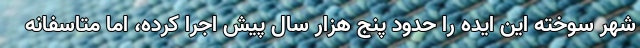
شهر سوخته این ایده را حدود پنج هزار سال پیش اجرا کرده، اما متاسفانه